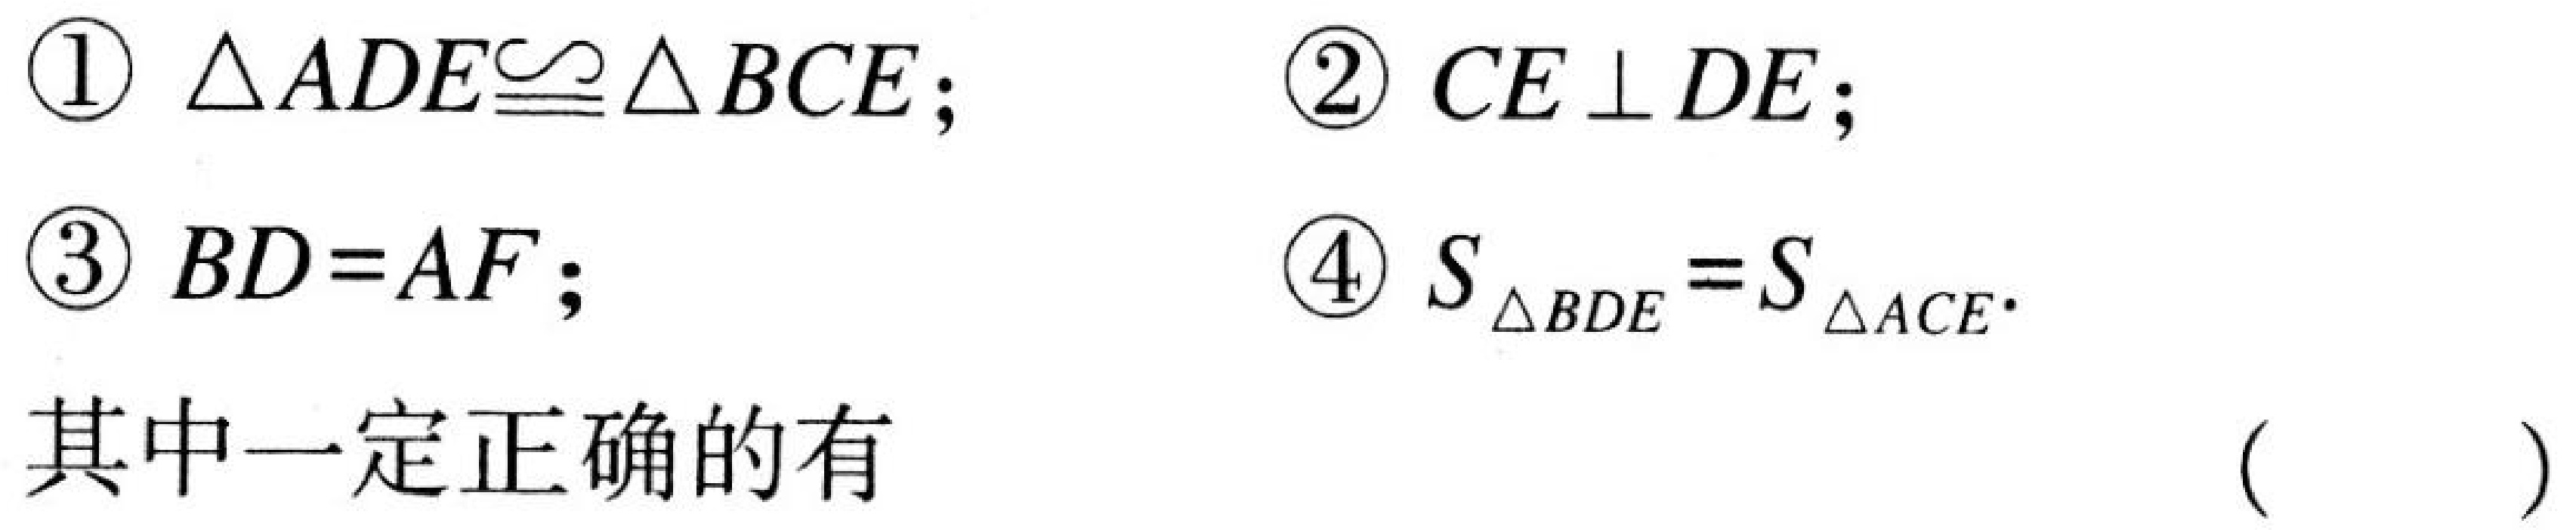
\textcircled{1}$\triangle ADE\cong\triangle BCE$; \textcircled{2}$CE\perp DE$;
\textcircled{3}$BD = AF$; \textcircled{4}$S_{\triangle BDE}=S_{\triangle ACE}$.
其中一定正确的有  (   )